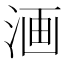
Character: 𣶩